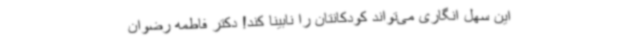
این سهل انگاری می‌تواند کودکانتان را نابینا کند! دکتر فاطمه رضوان